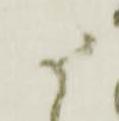
さ